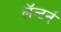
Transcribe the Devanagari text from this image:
लॅन्टर्न